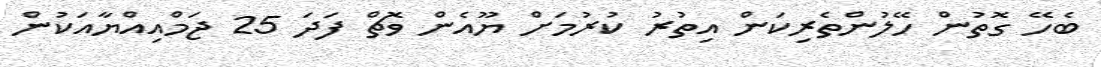
ބެހޭ ގޮތުން ހޭލުންތެރިކަން އިތުރު ކުރުމަށް ޔޫއެން ވޮޗް ފަދަ 25 ޖަމްއިއްޔާއަކުން